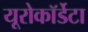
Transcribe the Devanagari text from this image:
यूरोकॉर्डेटा